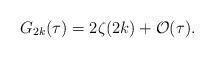
LaTeX: \begin{align*}G_{2k}(\tau) = 2\zeta(2k) + \mathcal{O}(\tau).\end{align*}